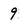
Character: 9